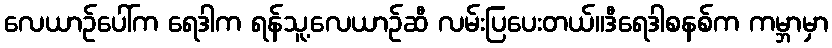
လေယာဉ်ပေါ်က ရေဒါက ရန်သူ့လေယာဉ်ဆီ လမ်းပြပေးတယ်။ဒီရေဒါစနစ်က ကမ္ဘာမှာ